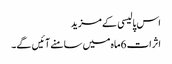
اس پالیسی کے مزید
اثرات 6ماہ میں سامنے آئیں گے۔